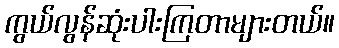
ကွယ်လွန်ဆုံးပါးကြတာများတယ်။